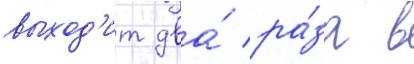
выход'ит два́ ра́за в